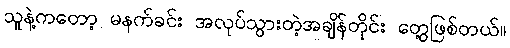
သူနဲ့ကတော့ မနက်ခင်း အလုပ်သွားတဲ့အချိန်တိုင်း တွေ့ဖြစ်တယ်။